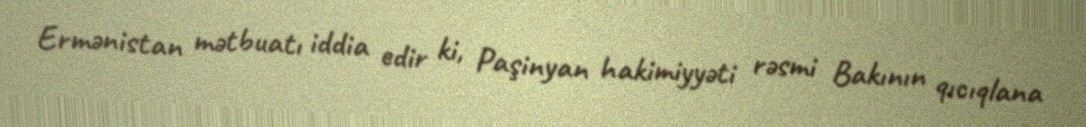
Ermənistan mətbuatı iddia edir ki, Paşinyan hakimiyyəti rəsmi Bakının qıcıqlana